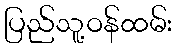
ပြည်သူ့ဝန်ထမ်း